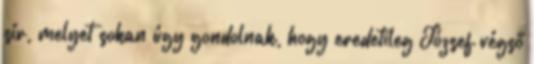
sír, melyet sokan úgy gondolnak, hogy eredetileg József végső